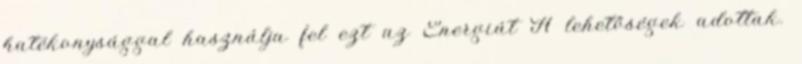
hatékonysággal használja fel ezt az Energiát A lehetőségek adottak.